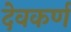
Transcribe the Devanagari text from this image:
देवकर्ण